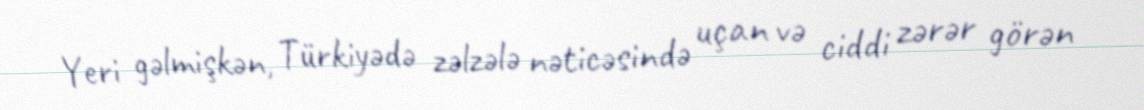
Yeri gəlmişkən, Türkiyədə zəlzələ nəticəsində uçan və ciddi zərər görən